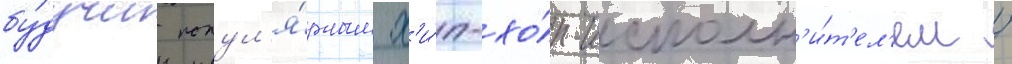
бу́дучи попул'я́рным х'и́п-хо́п-исполн'и́т'ел'ем /